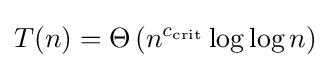
T(n)=\Theta \left(n^{c_{\operatorname {crit} }}\log \log n\right)